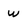
Character: w